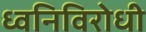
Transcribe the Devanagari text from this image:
ध्वनिविरोधी